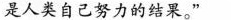
是人类自己努力的结果。”